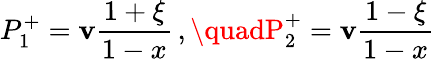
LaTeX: P_{1}^{+}=\mathbf{v}\frac{{1+\xi}}{{1-x}}\, ,\quadP_{2}^{+}=\mathbf{v}\frac{{1-\xi}}{{1-x}}